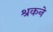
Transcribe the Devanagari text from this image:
श्रकने